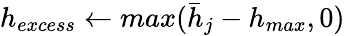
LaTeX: h_{excess}\leftarrow max(\bar{h}_{j}-h_{max},0)